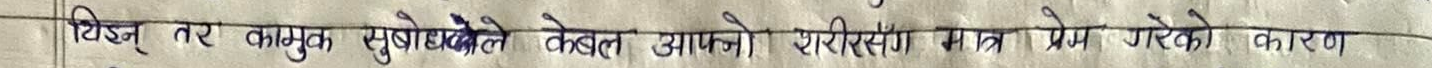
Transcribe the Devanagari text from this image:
हिड्ने तर कामुक सुबोधले केबल आफ्नो शरीरसँग मात्र प्रेम गरेको कारण